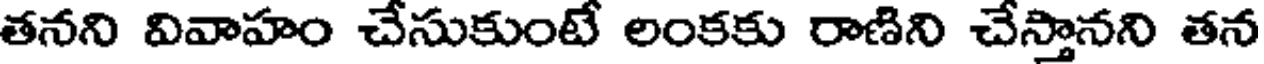
తనని వివాహం చేసుకుంటే లంకకు రాణిని చేస్తానని తన